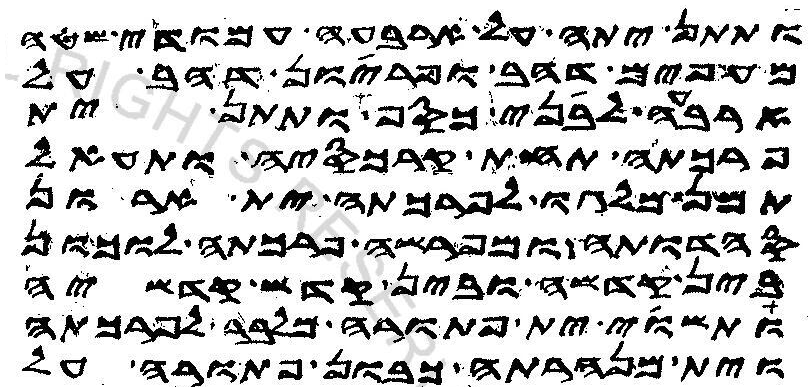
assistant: ותתן יתה על ארבעה עמודי שטה
מעפים דהב ופריון דהב על
ארבעה לבני כסף ותתן ית
פרכתה תחת קרכסיה ותעאל
תמן מלגו לפרכתה ית ארון
סהדותה ומפרשה פרכתה לוכון
בין קדשה ובין קדש קדשיה
ותשוי ית פתורה מלבר לפרכתה
וית מנהרתה כבון פתורה על